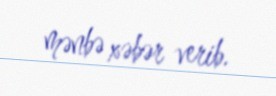
mənbə xəbər verib.